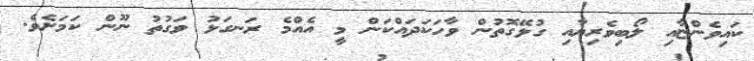
ކައިވެންޏާއި ލޯބިވެރިޔާއި ގުޅޭގޮތުން ވާހަކަދައްކަން މީ އެއްމެ ރަނގަޅު ވަގުތު ނޫން ކަމަށެވެ.